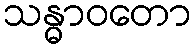
သန္ဓာဝတော